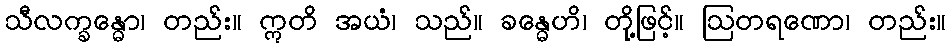
သီလက္ခန္ဓော၊ တည်း။ ဣတိ အယံ၊ သည်။ ခန္ဓေဟိ၊ တို့ဖြင့်။ ဩတရဏော၊ တည်း။